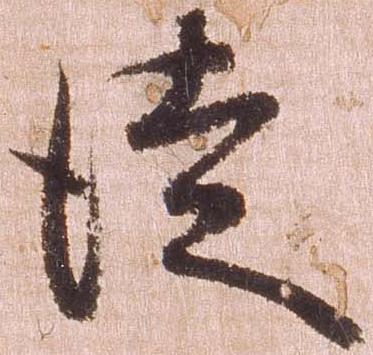
徒